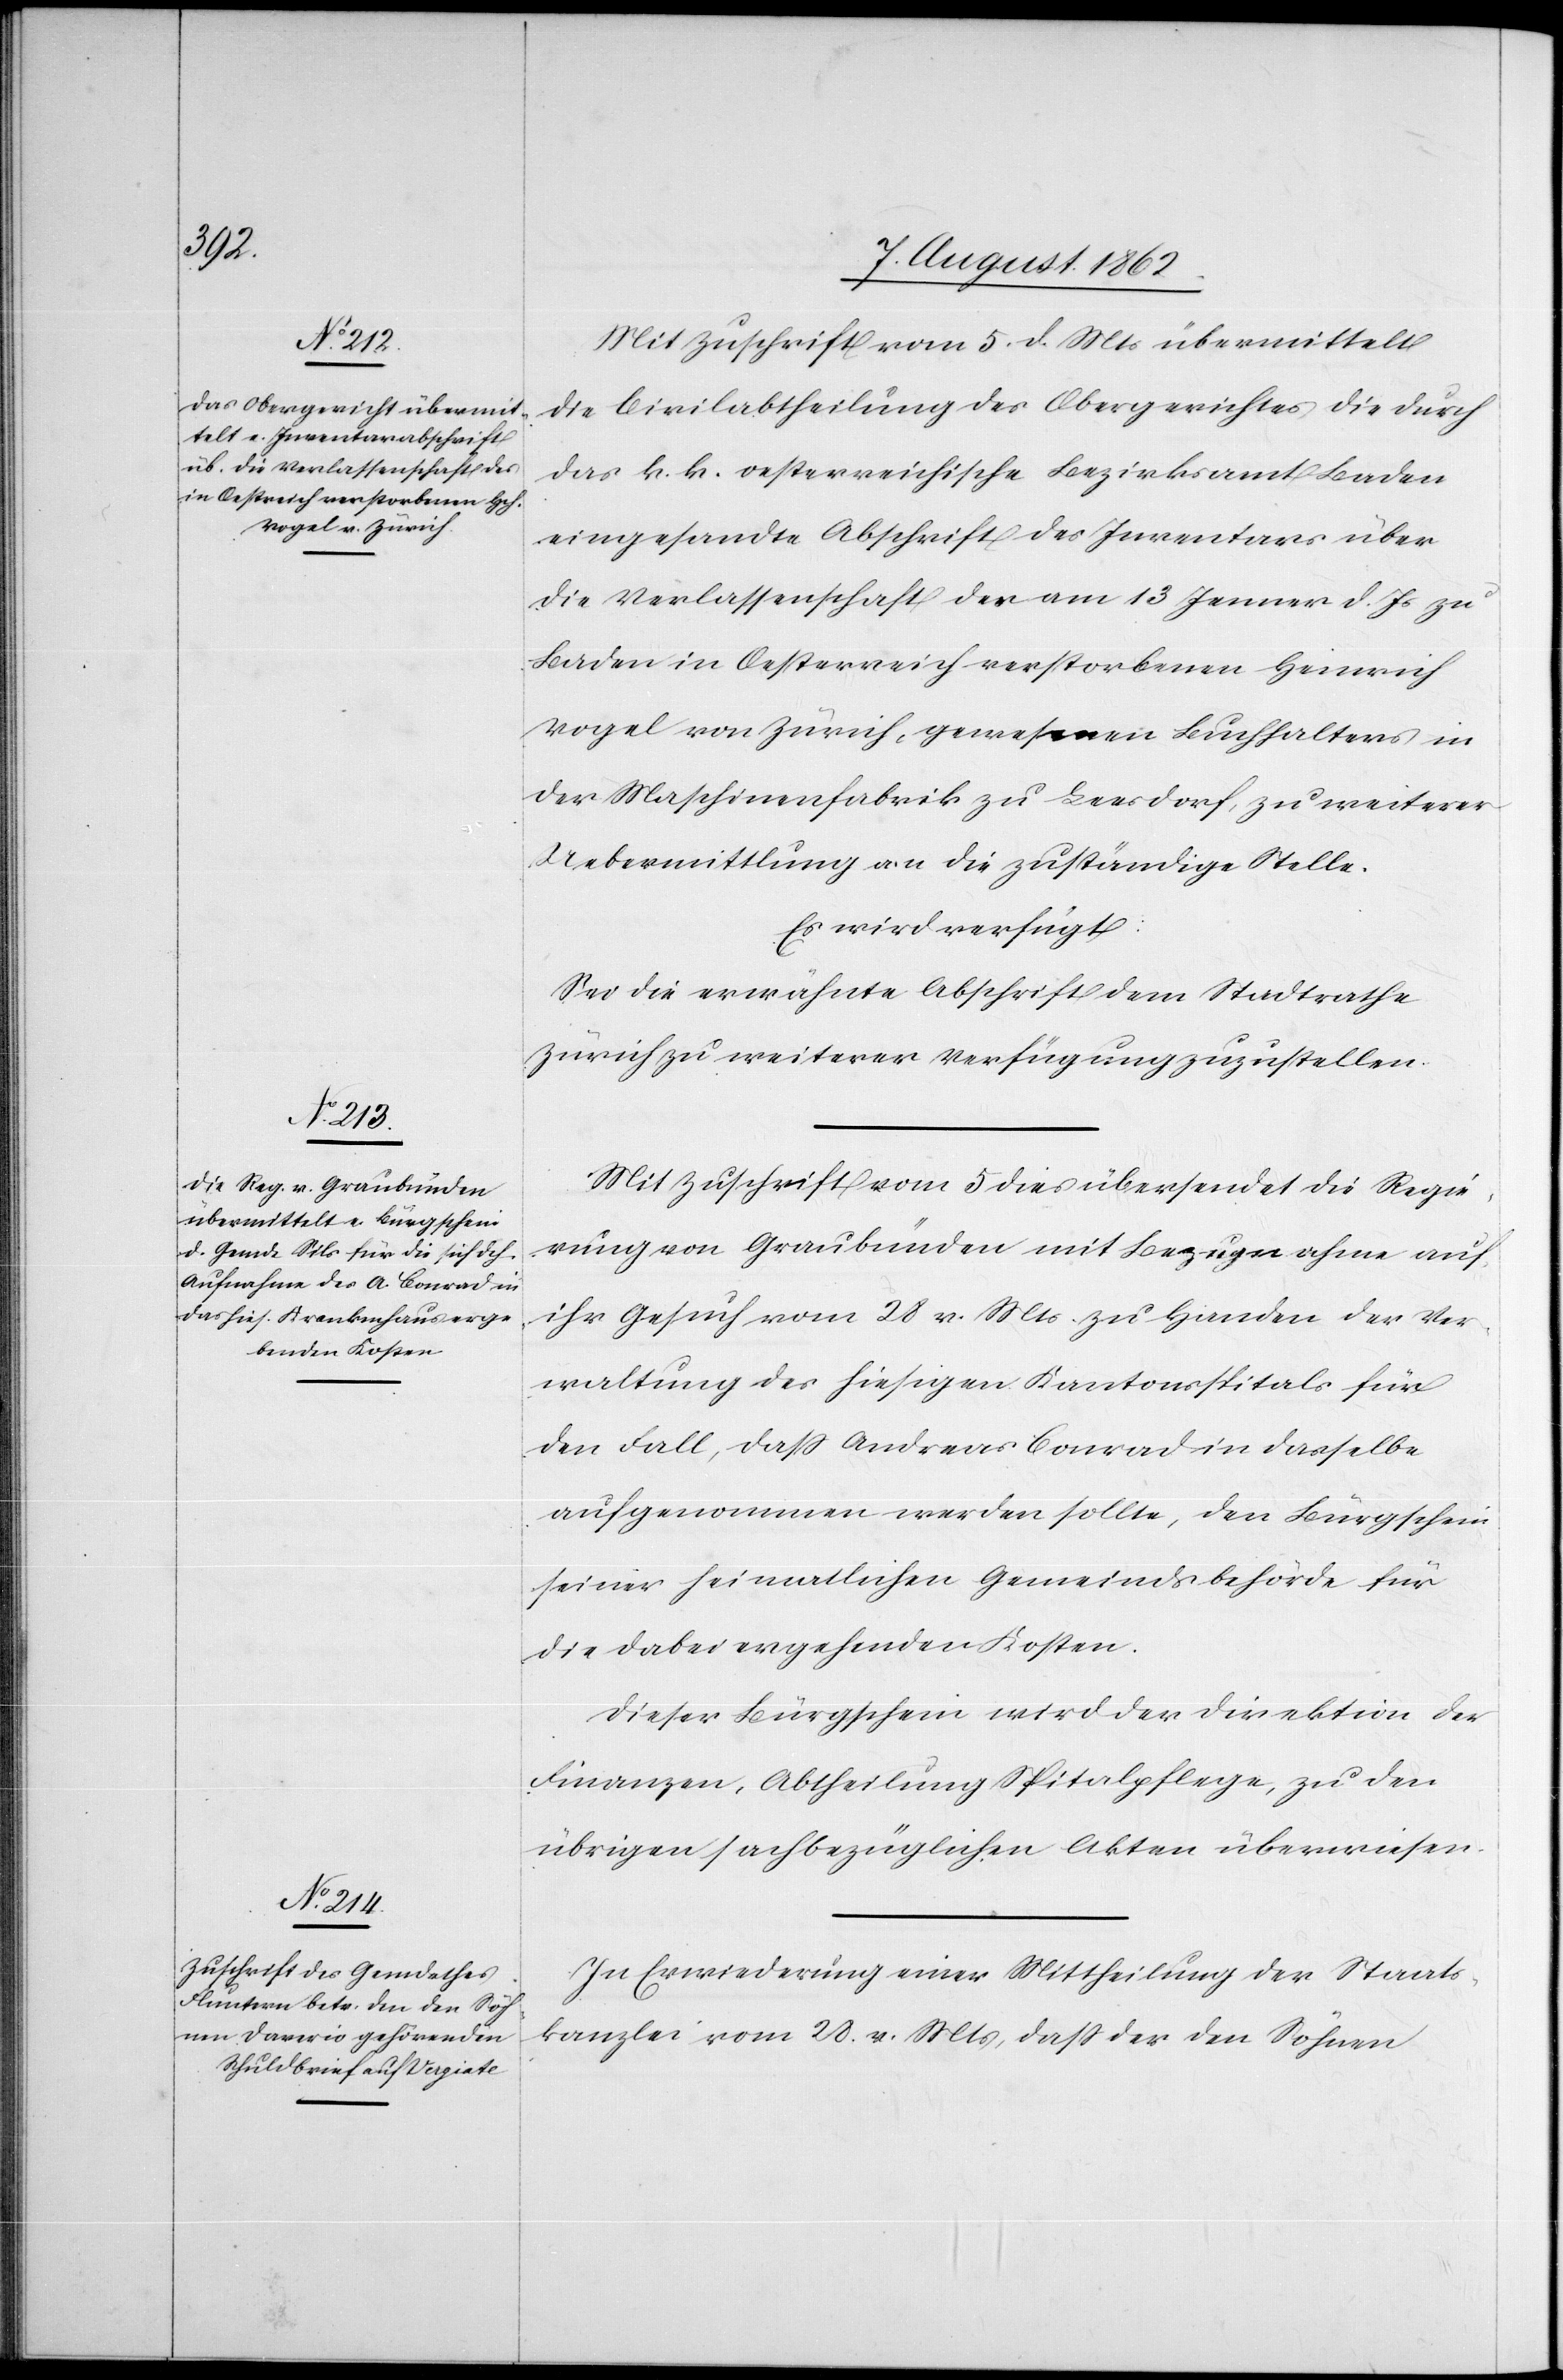
den

8. August 1862.]
Mit Zuschrift vom 5. d. Mts. übermittelt
die Civilabtheilung des Obergerichtes die durch
das k. k. oestreichische Bezirksamt Baden
eingesandte Abschrift des Inventars über
die Verlassenschaft des am 13. Jenner d. Js. zu
Baden in Oesterreich verstorbenen Heinrich
Vogel von Zürich, gewesenen Buchhalters in
der Maschinenfabrik zu Leesdorf, zu weiterer
Uebermittlung an die zuständige Stelle.
Es wird verfügt:
Sei die erwähnte Abschrift dem Stadtrathe
Zürich zu weiterer Verfügung zuzustellen.
Mit Zuschrift vom 5. dies übersendet die Regie¬
rung von Graubünden mit Bezugnahme auf
ihr Gesuch vom 28. v. Mts. zu Handen der Ver¬
waltung des hiesigen Kantonsspitals für
den Fall, daß Andreas Conrad in dasselbe
aufgenommen werden sollte, den Bürgschein
seiner heimatlichen Gemeindsbehörde für
die dabei angehenden Kosten.
Dieser Bürgschein wird der Direktion der
Finanzen, Abtheilung Spitalpflege, zu den
übrigen sachbezüglichen Akten überwiesen.
In Erwiederung einer Mittheilung der Staats¬
kanzlei vom 28. v. Mts, daß der den Söhnen